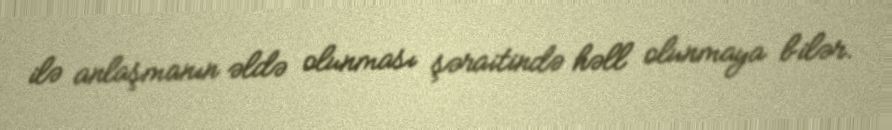
ilə anlaşmanın əldə olunması şəraitində həll olunmaya bilər.